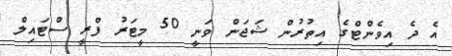
އެ ދެ އިވެންޓްގެ އިތުރުން ޝަޖަން ވަނީ 50 މީޓަރު ފްރީ ސްޓައިލް